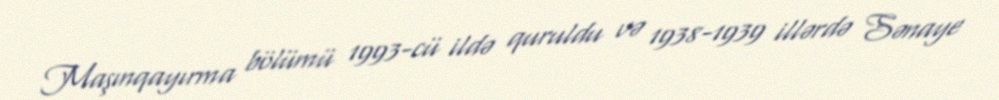
Maşınqayırma bölümü 1993-cü ildə quruldu və 1938-1939 illərdə Sənaye